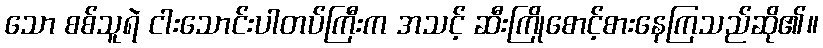
သော စစ်သူရဲ ငါးသောင်းပါတပ်ကြီးက အသင့် ဆီးကြိုစောင့်စားနေကြသည်ဆို၏။